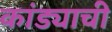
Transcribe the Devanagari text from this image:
कांड्याची